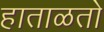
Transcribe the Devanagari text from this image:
हाताळतो